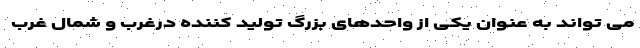
می تواند به عنوان یکی از واحدهای بزرگ تولید کننده درغرب و شمال غرب